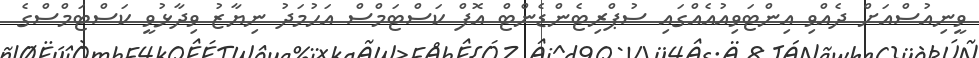
ވީނިއުސްއަށް ދެއްވި އިންޓަވިއުއެއްގައި ސުޕްރިޓެންޑެންޓް އޮފް ކަސްޓަމްސް އަހުމަދު ނިޔާޒު ވިދާޅުވީ ކަސްޓަމްސްގެ